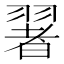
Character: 𦑥